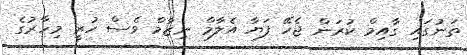
ތަނުގައި ގާއިމް ކުރަން ޖެހޭ ފަޔާ އެލާމް ނިޒާމް ވެސް ހުރީ މިހާރުގެ